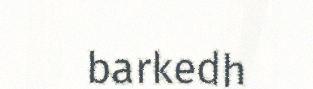
barkedh